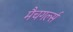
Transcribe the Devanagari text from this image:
मैचगर्ल्स